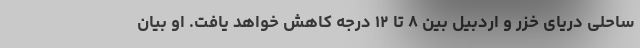
ساحلی دریای خزر و اردبیل بین ۸ تا ۱۲ درجه کاهش خواهد یافت. او بیان